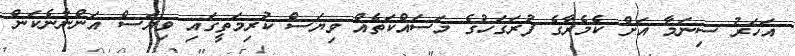
އަހަރު ސިނަމާ އަށް ކެމެރާގެ ފުރަގަހުގެ މަސައްކަތެއް ވިޔަސް ކުރިމަތީގައި ވިޔަސް އަންނާނެކަން